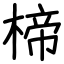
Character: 楴